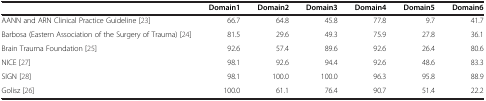
|  | Domain1 | Domain2 | Domain3 | Domain4 | Domain5 | Domain6 |
 | --- | --- | --- | --- | --- | --- | --- |
 | AANN and ARN Clinical Practice Guideline [23] | 66.7 | 64.8 | 45.8 | 77.8 | 9.7 | 41.7 |
 | Barbosa (Eastern Association of the Surgery of Trauma) [24] | 81.5 | 29.6 | 49.3 | 75.9 | 27.8 | 36.1 |
 | Brain Trauma Foundation [25] | 92.6 | 57.4 | 89.6 | 92.6 | 26.4 | 80.6 |
 | NICE [27] | 98.1 | 92.6 | 94.4 | 92.6 | 48.6 | 83.3 |
 | SIGN [28] | 98.1 | 100.0 | 100.0 | 96.3 | 95.8 | 88.9 |
 | Golisz [26] | 100.0 | 61.1 | 76.4 | 90.7 | 51.4 | 22.2 |